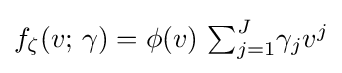
f_{\zeta }(v;\,\gamma )=\phi (v)\,\textstyle \sum _{j=1}^{J}\!\gamma _{j}v^{j}